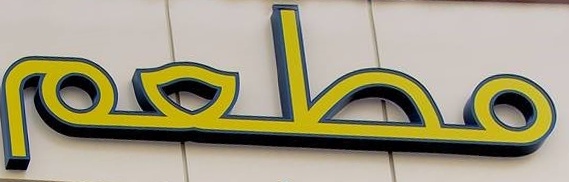
مطعم